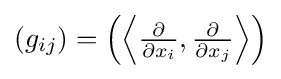
{\textstyle (g_{ij})=\left(\left\langle {\frac {\partial }{\partial x_{i}}},{\frac {\partial }{\partial x_{j}}}\right\rangle \right)}